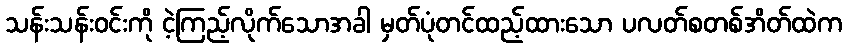
သန်းသန်းဝင်းကို ငဲ့ကြည့်လိုက်သောအခါ မှတ်ပုံတင်ထည့်ထားသော ပလတ်စတစ်အိတ်ထဲက